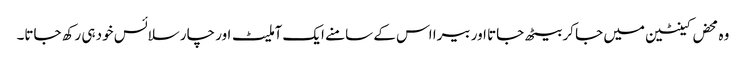
وہ محض کینٹین میں جا کر بیٹھ جاتا اور بیرا اس کے سامنے ایک آملیٹ اور چار سلائس خود ہی رکھ جاتا۔